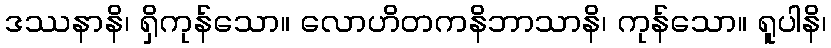
ဒဿနာနိ၊ ရှိကုန်သော။ လောဟိတကနိဘာသာနိ၊ ကုန်သော။ ရူပါနိ၊